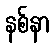
နစ်နာ